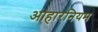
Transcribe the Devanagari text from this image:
आहारनियम